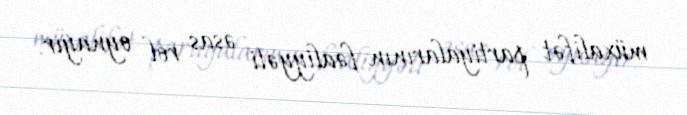
müxalifət partiyalarının fəaliyyəti əsas rol oynayır.